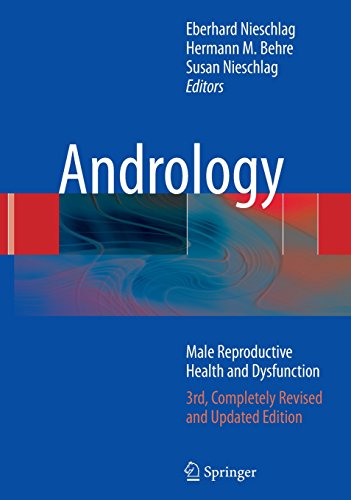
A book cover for Andrology: Male Reproductive Health and Dysfunction; Health, Fitness & Dieting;